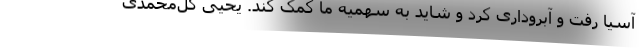
آسیا رفت و آبروداری کرد و شاید به سهمیه ما کمک کند. یحیی گل‌محمدی